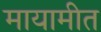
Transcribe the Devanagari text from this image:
मायामीत